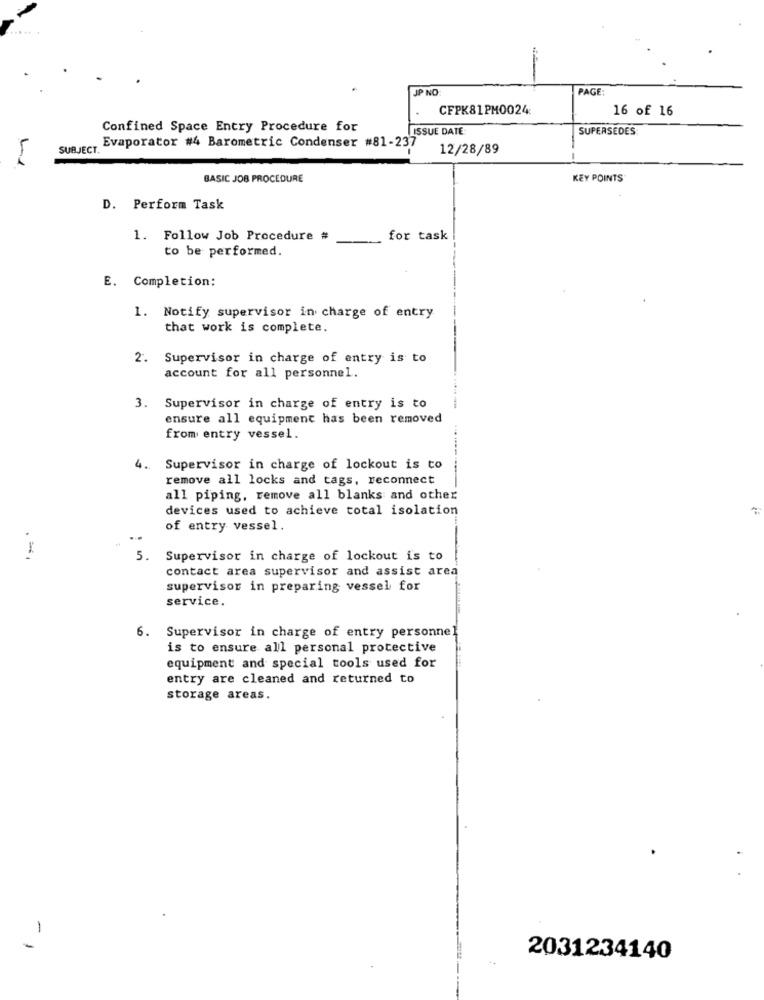
JP NO
PAGE
CFPK81PM0024
16 of 16
Confined Space Entry Procedure for
ISSUE DATE
SUPERSEDES
SUBJECT.
Evaporator #4 Barometric Condenser #81-237
12/28/89
BASIC JOB PROCEDURE
KEY POINTS
D. Perform Task
1. Follow Job Procedure #
for task
to be performed.
E. Completion:
1. Notify supervisor in charge of entry
that work is complete.
2. Supervisor in charge of entry is to
account for all personnel.
3. Supervisor in charge of entry is to
ensure all equipment has been removed
from entry vessel.
4. Supervisor in charge of lockout is to
remove all locks and tags, reconnect
all piping, remove all blanks and other
devices used to achieve total isolation
of entry vessel.
5.
Supervisor in charge of lockout is to
contact area supervisor and assist area
supervisor in preparing vessel for
service.
6. Supervisor in charge of entry personnel
is to ensure all personal protective
equipment and special tools used for
entry are cleaned and returned to
storage areas.
-
2031234140